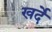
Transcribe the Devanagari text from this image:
खर्दे